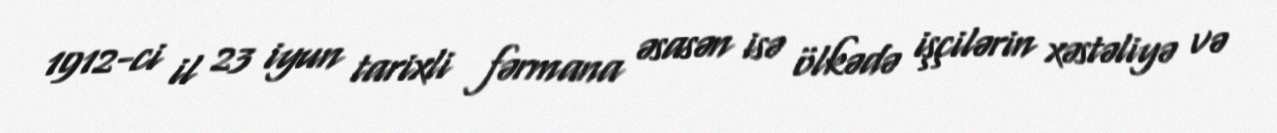
1912-ci il 23 iyun tarixli fərmana əsasən isə ölkədə işçilərin xəstəliyə və